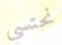
نحتسي